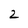
Character: 2